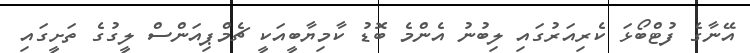
އޭނާގެ ފުޓްބޯޅަ ކެރިއަރުގައި ލިބުނު އެންމެ ބޮޑު ކާމިޔާބީއަކީ ޗެމްޕިއަންސް ލީގުގެ ތަށީގައި